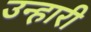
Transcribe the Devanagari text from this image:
उन्हारी